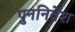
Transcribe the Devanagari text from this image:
पुननिर्वेश